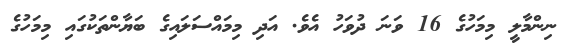
ނިންމާލީ މިމަހުގެ 16 ވަނަ ދުވަހު އެވެ. އަދި މިމައްސަލައިގެ ބަޔާންތަކުގައި މިމަހުގެ